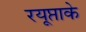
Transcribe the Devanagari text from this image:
रयूप्ताके